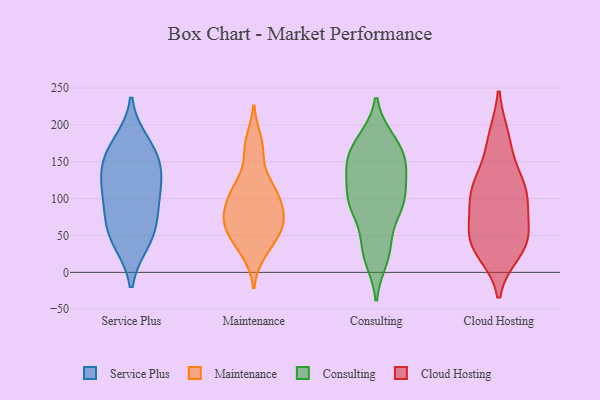
{"axis": {"x": "Tickets Resolved", "y": "Value"}, "legend": ["Cloud Hosting", "Consulting", "Maintenance", "Service Plus"], "data": [{"x": "", "y": 108, "type": "Service Plus"}, {"x": "", "y": 68, "type": "Service Plus"}, {"x": "", "y": 42, "type": "Service Plus"}, {"x": "", "y": 146, "type": "Service Plus"}, {"x": "", "y": 149, "type": "Service Plus"}, {"x": "", "y": 164, "type": "Service Plus"}, {"x": "", "y": 119, "type": "Service Plus"}, {"x": "", "y": 44, "type": "Service Plus"}, {"x": "", "y": 175, "type": "Service Plus"}, {"x": "", "y": 109, "type": "Service Plus"}, {"x": "", "y": 72, "type": "Service Plus"}, {"x": "", "y": 114, "type": "Maintenance"}, {"x": "", "y": 111, "type": "Maintenance"}, {"x": "", "y": 112, "type": "Maintenance"}, {"x": "", "y": 94, "type": "Maintenance"}, {"x": "", "y": 75, "type": "Maintenance"}, {"x": "", "y": 74, "type": "Maintenance"}, {"x": "", "y": 51, "type": "Maintenance"}, {"x": "", "y": 70, "type": "Maintenance"}, {"x": "", "y": 66, "type": "Maintenance"}, {"x": "", "y": 42, "type": "Maintenance"}, {"x": "", "y": 26, "type": "Maintenance"}, {"x": "", "y": 160, "type": "Maintenance"}, {"x": "", "y": 179, "type": "Maintenance"}, {"x": "", "y": 142, "type": "Consulting"}, {"x": "", "y": 28, "type": "Consulting"}, {"x": "", "y": 95, "type": "Consulting"}, {"x": "", "y": 181, "type": "Consulting"}, {"x": "", "y": 143, "type": "Consulting"}, {"x": "", "y": 46, "type": "Consulting"}, {"x": "", "y": 180, "type": "Consulting"}, {"x": "", "y": 85, "type": "Consulting"}, {"x": "", "y": 94, "type": "Consulting"}, {"x": "", "y": 149, "type": "Consulting"}, {"x": "", "y": 95, "type": "Consulting"}, {"x": "", "y": 136, "type": "Consulting"}, {"x": "", "y": 105, "type": "Consulting"}, {"x": "", "y": 17, "type": "Consulting"}, {"x": "", "y": 164, "type": "Consulting"}, {"x": "", "y": 39, "type": "Cloud Hosting"}, {"x": "", "y": 52, "type": "Cloud Hosting"}, {"x": "", "y": 47, "type": "Cloud Hosting"}, {"x": "", "y": 178, "type": "Cloud Hosting"}, {"x": "", "y": 98, "type": "Cloud Hosting"}, {"x": "", "y": 29, "type": "Cloud Hosting"}, {"x": "", "y": 116, "type": "Cloud Hosting"}, {"x": "", "y": 105, "type": "Cloud Hosting"}, {"x": "", "y": 112, "type": "Cloud Hosting"}, {"x": "", "y": 46, "type": "Cloud Hosting"}, {"x": "", "y": 94, "type": "Cloud Hosting"}, {"x": "", "y": 182, "type": "Cloud Hosting"}, {"x": "", "y": 129, "type": "Cloud Hosting"}, {"x": "", "y": 40, "type": "Cloud Hosting"}]}